Indian journal of veterinary science and animal husbandry - Volume 6,
Year: 1936
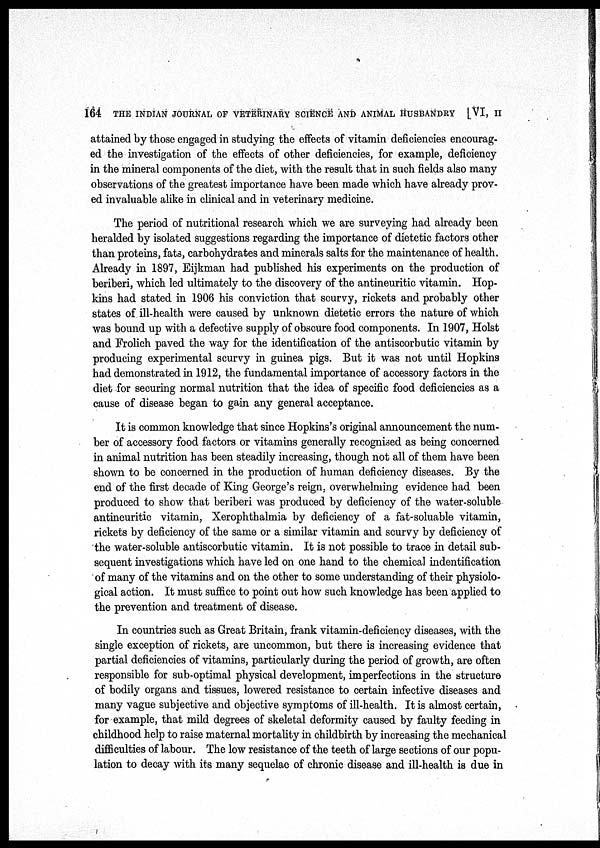
164 THE INDIAN JOURNAL OF VETERINARY SCIENCE AND ANIMAL HUSBANDRY [VI, II
attained by those engaged in studying the effects of vitamin deficiencies encourag-
ed the investigation of the effects of other deficiencies, for example, deficiency
in the mineral components of the diet, with the result that in such fields also many
observations of the greatest importance have been made which have already prov-
ed invaluable alike in clinical and in veterinary medicine.
The period of nutritional research which we are surveying had already been
heralded by isolated suggestions regarding the importance of dietetic factors other
than proteins, fats, carbohydrates and minerals salts for the maintenance of health.
Already in 1897, Eijkman had published his experiments on the production of
beriberi, which led ultimately to the discovery of the antineuritic vitamin. Hop-
kins had stated in 1906 his conviction that scurvy, rickets and probably other
states of ill-health were caused by unknown dietetic errors the nature of which
was bound up with a defective supply of obscure food components. In 1907, Hoist
and Frolich paved the way for the identification of the antiscorbutic vitamin by
producing experimental scurvy in guinea pigs. But it was not until Hopkins
had demonstrated in 1912, the fundamental importance of accessory factors in the
diet for securing normal nutrition that the idea of specific food deficiencies as a
cause of disease began to gain any general acceptance.
It is common knowledge that since Hopkins's original announcement the num-
ber of accessory food factors or vitamins generally recognised as being concerned
in animal nutrition has been steadily increasing, though not all of them have been
shown to be concerned in the production of human deficiency diseases. By the
end of the first decade of King George's reign, overwhelming evidence had been
produced to show that beriberi was produced by deficiency of the water-soluble
antineuritic vitamin, Xerophthalmia by deficiency of a fat-soluable vitamin,
rickets by deficiency of the same or a similar vitamin and scurvy by deficiency of
the water-soluble antiscorbutic vitamin. It is not possible to trace in detail sub-
sequent investigations which have led on one hand to the chemical indentification
of many of the vitamins and on the other to some understanding of their physiolo-
gical action. It must suffice to point out how such knowledge has been applied to
the prevention and treatment of disease.
In countries such as Great Britain, frank vitamin-deficiency diseases, with the
single exception of rickets, are uncommon, but there is increasing evidence that
partial deficiencies of vitamins, particularly during the period of growth, are often
responsible for sub-optimal physical development, imperfections in the structure
of bodily organs and tissues, lowered resistance to certain infective diseases and
many vague subjective and objective symptoms of ill-health. It is almost certain,
for example, that mild degrees of skeletal deformity caused by faulty feeding in
childhood help to raise maternal mortality in childbirth by increasing the mechanical
difficulties of labour. The low resistance of the teeth of large sections of our popu-
lation to decay with its many sequelae of chronic disease and ill-health is due in